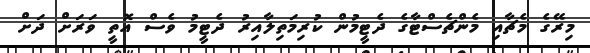
މިރޭގެ މެޗާއި މެންޗެސްޓާގެ ދެޓީމުން ކުރިމަތިލާއިރު ދެޓީމު ވެސް އޮތީ ވަރަށް ދަށް